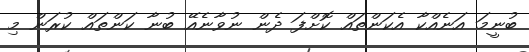
ބުނީމަ އަނެއްކާ އެކަންތައް ކޮށްފަ ދެން ނުވާނެއޭ ބުނާ ކަންތައް ކުރަން މި